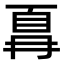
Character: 𫠵